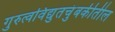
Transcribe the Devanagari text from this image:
गुरुत्वविद्युतचुंबकीतील